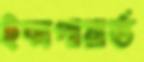
ইন্সপায়ার্ড